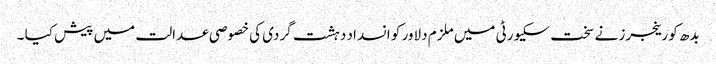
بدھ کو رینجرز نے سخت سکیورٹی میں ملزم دلاور کو انسداد دہشت گردی کی خصوصی عدالت میں پیش کیا ۔